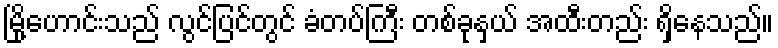
မြို့ဟောင်းသည် လွင်ပြင်တွင် ခံတပ်ကြီး တစ်ခုနှယ် အထီးတည်း ရှိနေသည်။